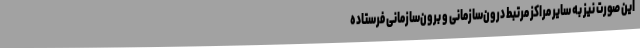
این صورت نیز به سایر مراکز مرتبط درون‌سازمانی و برون‌سازمانی فرستاده